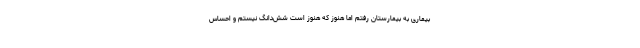
بیماری به بیمارستان رفتم اما هنوز که هنوز است شش‌دانگ نیستم و احساس